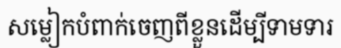
សម្លៀកបំពាក់ចេញពីខ្លួនដើម្បីទាមទារ